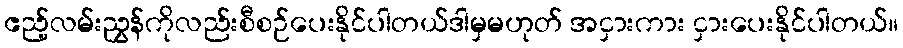
ဧည့်လမ်းညွှန်ကိုလည်းစီစဉ်ပေးနိုင်ပါတယ်ဒါမှမဟုတ် အငှားကား ငှားပေးနိုင်ပါတယ်။